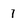
Character: 7